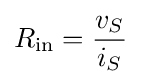
R_{\mathrm {in} }={\frac {v_{S}}{i_{S}}}